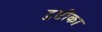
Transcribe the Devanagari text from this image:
टुप्टीका